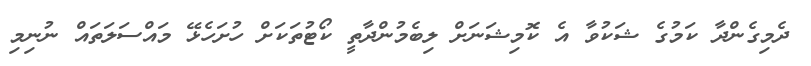
ދެމިގެންދާ ކަމުގެ ޝަކުވާ އެ ކޮމިޝަނަށް ލިބެމުންދާތީ ކޯޓުތަކަށް ހުށަހެޅޭ މައްސަލަތައް ނުނިމި